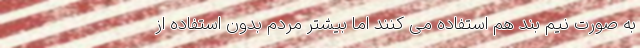
به صورت نیم بند هم استفاده می کنند اما بیشتر مردم بدون استفاده از